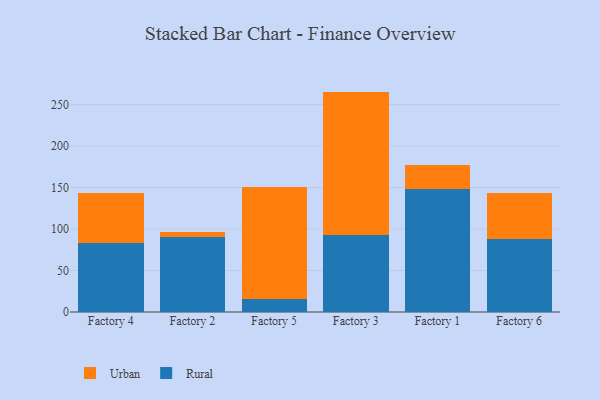
{"axis": {"x": "Factory", "y": "Inventory Turnover"}, "legend": ["Rural", "Urban"], "data": [{"x": "Factory 4", "y": 83.3, "type": "Rural"}, {"x": "Factory 4", "y": 60.5, "type": "Urban"}, {"x": "Factory 2", "y": 90.8, "type": "Rural"}, {"x": "Factory 2", "y": 5.2, "type": "Urban"}, {"x": "Factory 5", "y": 15.5, "type": "Rural"}, {"x": "Factory 5", "y": 134.6, "type": "Urban"}, {"x": "Factory 3", "y": 92.6, "type": "Rural"}, {"x": "Factory 3", "y": 173.0, "type": "Urban"}, {"x": "Factory 1", "y": 147.9, "type": "Rural"}, {"x": "Factory 1", "y": 29.8, "type": "Urban"}, {"x": "Factory 6", "y": 88.5, "type": "Rural"}, {"x": "Factory 6", "y": 54.5, "type": "Urban"}]}